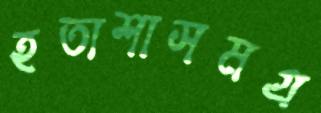
হতাশাসমগ্র